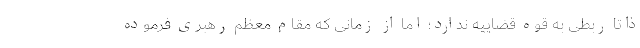
ذاتاً ربطی به قوه قضاییه ندارد؛ اما از زمانی که مقام معظم رهبری فرموده